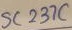
Text: SV237C